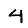
Digit: 4